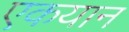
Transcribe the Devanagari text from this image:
एकयान